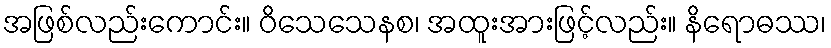
အဖြစ်လည်းကောင်း။ ဝိသေသေနစ၊ အထူးအားဖြင့်လည်း။ နိရောဓဿ၊